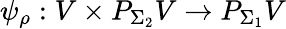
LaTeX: \psi_{\rho}:V\times P_{\Sigma_{2}}V\to P_{\Sigma_{1}}V